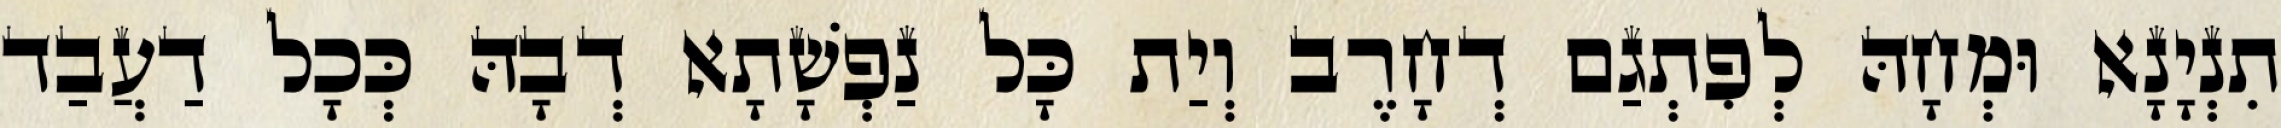
תִנְיָנָא וּמְחָהּ לְפִתְגַם דְחָרֶב וְיַת כָּל נַפְשָׁתָא דְבָהּ כְּכָל דַעֲבַד